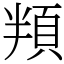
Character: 頖